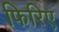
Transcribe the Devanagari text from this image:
फिरिए